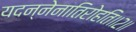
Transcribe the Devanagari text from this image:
यदन्नेनातिरोहति॥२॥